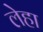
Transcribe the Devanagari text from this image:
लेहा